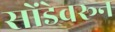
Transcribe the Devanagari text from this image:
सोंडेवरून